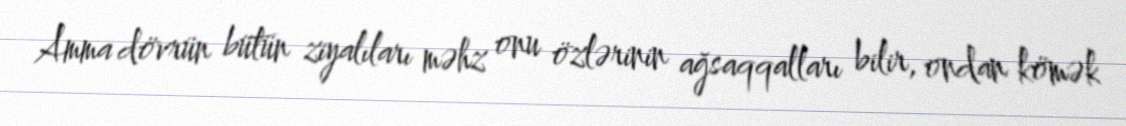
Amma dövrün bütün ziyalıları məhz onu özlərinin ağsaqqalları bilir, ondan kömək